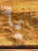
يا